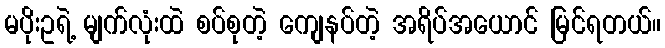
မပိုးဥရဲ့ မျက်လုံးထဲ စပ်စုတဲ့ ကျေနပ်တဲ့ အရိပ်အယောင် မြင်ရတယ်။